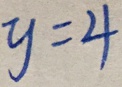
y = 4